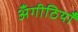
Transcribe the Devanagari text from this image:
अँगीठियाँ